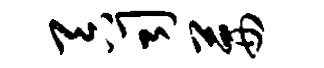
吞司茜